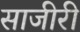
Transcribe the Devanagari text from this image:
साजीरी